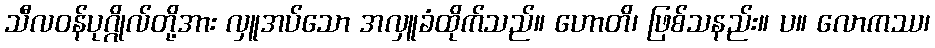
သီလဝန်ပုဂ္ဂိုလ်တို့အား လှူအပ်သော အလှူခံထိုက်သည်။ ဟောတိ၊ ဖြစ်သနည်း။ ပ။ လောကဿ၊